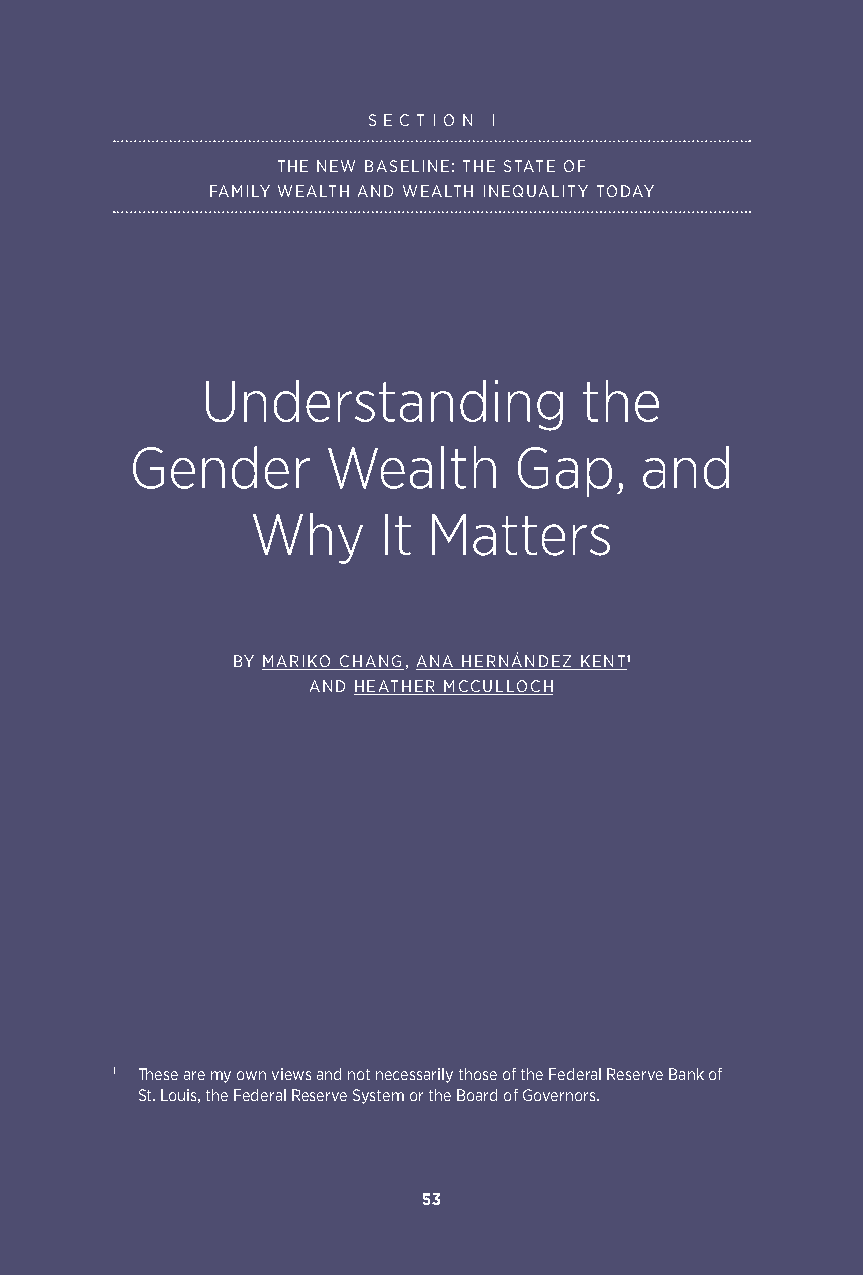
S E C T I O N I
 THE NEW BASELINE: THE STATE OF
 FAMILY WEALTH AND WEALTH INEQUALITY TODAY
 Understanding            the
 Gender       Wealth      Gap,    and
 Why     It Matters
 BY MARIKO CHANG, ANA HERNÁNDEZ KENT1
 AND HEATHER MCCULLOCH
 1 These are my own views and not necessarily those of the Federal Reserve Bank of
 St. Louis, the Federal Reserve System or the Board of Governors.
 53